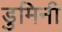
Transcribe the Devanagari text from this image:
डुमिनी